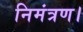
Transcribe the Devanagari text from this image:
निमंत्रण।